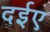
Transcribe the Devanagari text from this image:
दईए